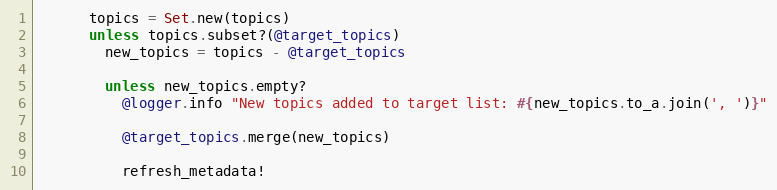
Language: Ruby
      topics = Set.new(topics)
      unless topics.subset?(@target_topics)
        new_topics = topics - @target_topics

        unless new_topics.empty?
          @logger.info "New topics added to target list: #{new_topics.to_a.join(', ')}"

          @target_topics.merge(new_topics)

          refresh_metadata!